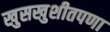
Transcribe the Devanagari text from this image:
खुसखुशीतपणा